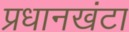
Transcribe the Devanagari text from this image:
प्रधानखंटा